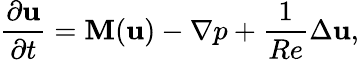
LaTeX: \frac{\partial\mathbf{u}}{\partial t}=\mathbf{M}(\mathbf{u})-\nabla p+\frac{1}{Re}\Delta\mathbf{u},